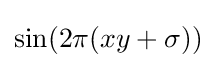
\sin(2\pi (xy+\sigma ))